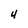
Character: 4